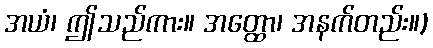
အယံ၊ ဤသည်ကား။ အတ္ထော၊ အနက်တည်း။)